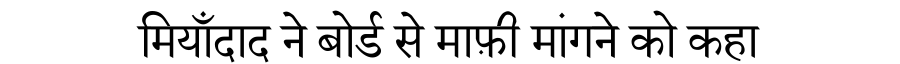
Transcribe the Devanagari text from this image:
मियाँदाद ने बोर्ड से माफ़ी मांगने को कहा